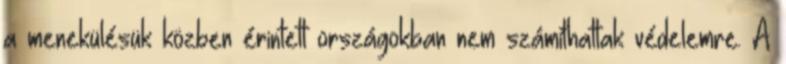
a menekülésük közben érintett országokban nem számíthattak védelemre. A